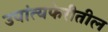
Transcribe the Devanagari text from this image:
उपांत्यफेरीतील